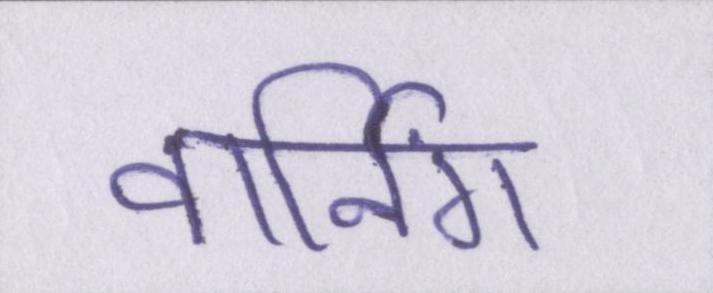
वार्निंग